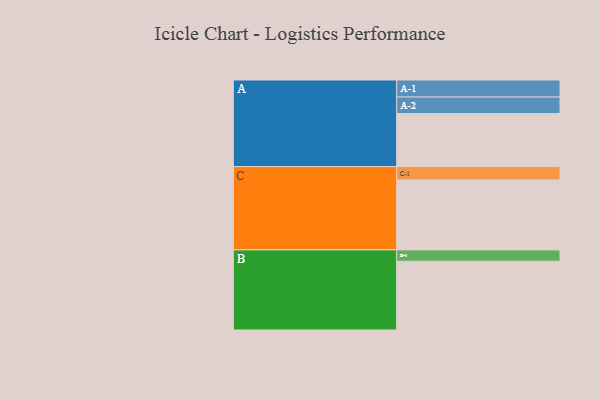
{"axis": {"x": "Segment", "y": "Value"}, "legend": ["", "A", "B", "C"], "data": [{"x": "A", "y": 433, "type": ""}, {"x": "B", "y": 561, "type": ""}, {"x": "C", "y": 571, "type": ""}, {"x": "A-1", "y": 139, "type": "A"}, {"x": "A-2", "y": 135, "type": "A"}, {"x": "B-1", "y": 93, "type": "B"}, {"x": "C-1", "y": 109, "type": "C"}]}